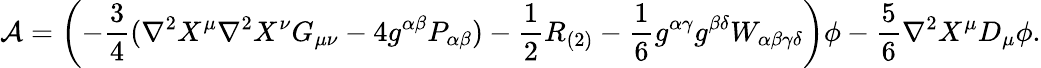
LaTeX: {\cal A}=\left(-\frac{3}{4}(\nabla^{2}X^{\mu}\nabla^{2}X^{\nu}G_{\mu\nu}-4g^{\alpha\beta}P_{\alpha\beta})-\frac{1}{2}R_{(2)}-\frac{1}{6}g^{\alpha\gamma}g^{\beta\delta}W_{\alpha\beta\gamma\delta}\right)\phi-\frac{5}{6}\nabla^{2}X^{\mu}D_{\mu}\phi.